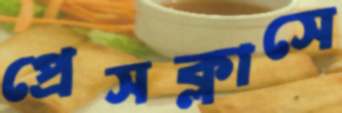
প্রেসক্লাসে